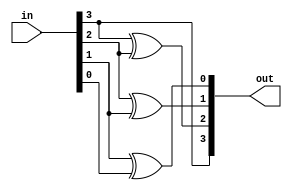
`timescale 1ns / 1ps
module binary_to_gray_code_convertor(input [3:0] in,output reg [3:0] out);
always @(*) begin
out[3]=in[3];
out[2]=in[3]^in[2];
out[1]=in[2]^in[1];
out[0]=in[1]^in[0];
end
endmodule